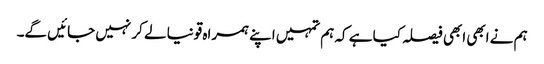
ہم نے ابھی ابھی فیصلہ کیا ہے کہ ہم تمہیں اپنے ہمراہ قونیا لے کر نہیں جائیں گے۔